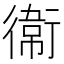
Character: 𫟘